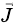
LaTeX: \scriptstyle{\vec{J}}